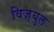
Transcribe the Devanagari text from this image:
विज़्युल